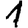
Digit: 1